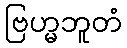
ဗြဟ္မဘူတံ